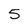
Character: 5